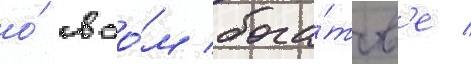
о́ своо́м бога́тств'е /